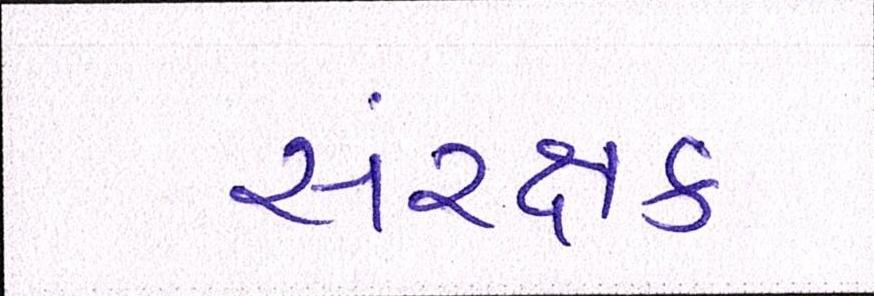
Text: સંરક્ષક